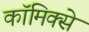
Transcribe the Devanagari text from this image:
काॅमिक्से